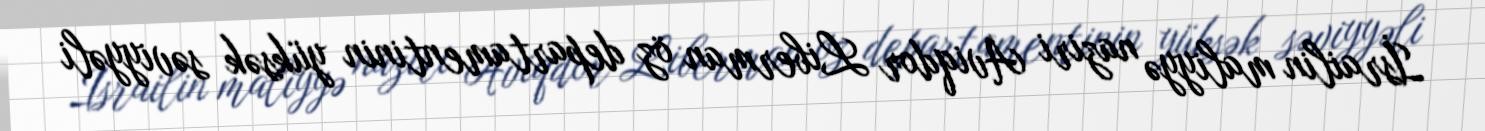
İsrailin maliyyə naziri Aviqdor Liberman öz departamentinin yüksək səviyyəli